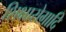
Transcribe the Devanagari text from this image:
शिक्षारोगादि